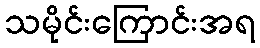
သမိုင်းကြောင်းအရ